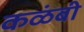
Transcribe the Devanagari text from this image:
कळंबी